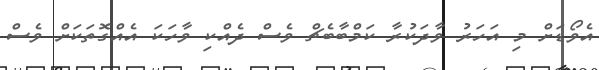
އެވޯޑަށް މި އަހަރު ވާދަކުރާ ކަމްބާބެޗް ވެސް ދެއްކި ވާހަކަ އެއްގޮތަކަށް ވެސް